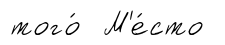
того́ М'е́сто